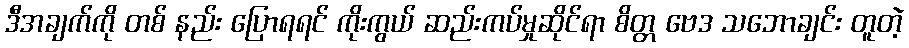
ဒီအချက်ကို တစ် နည်း ပြောရရင် ကိုးကွယ် ဆည်းကပ်မှုဆိုင်ရာ စိတ္တ ဗေဒ သဘောချင်း တူတဲ့